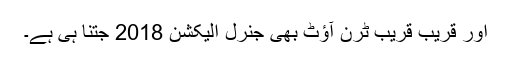
اور قریب قریب ٹرن آؤٹ بھی جنرل الیکشن 2018 جتنا ہی ہے۔